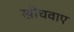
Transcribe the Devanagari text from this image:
खींचवाए